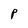
Character: P